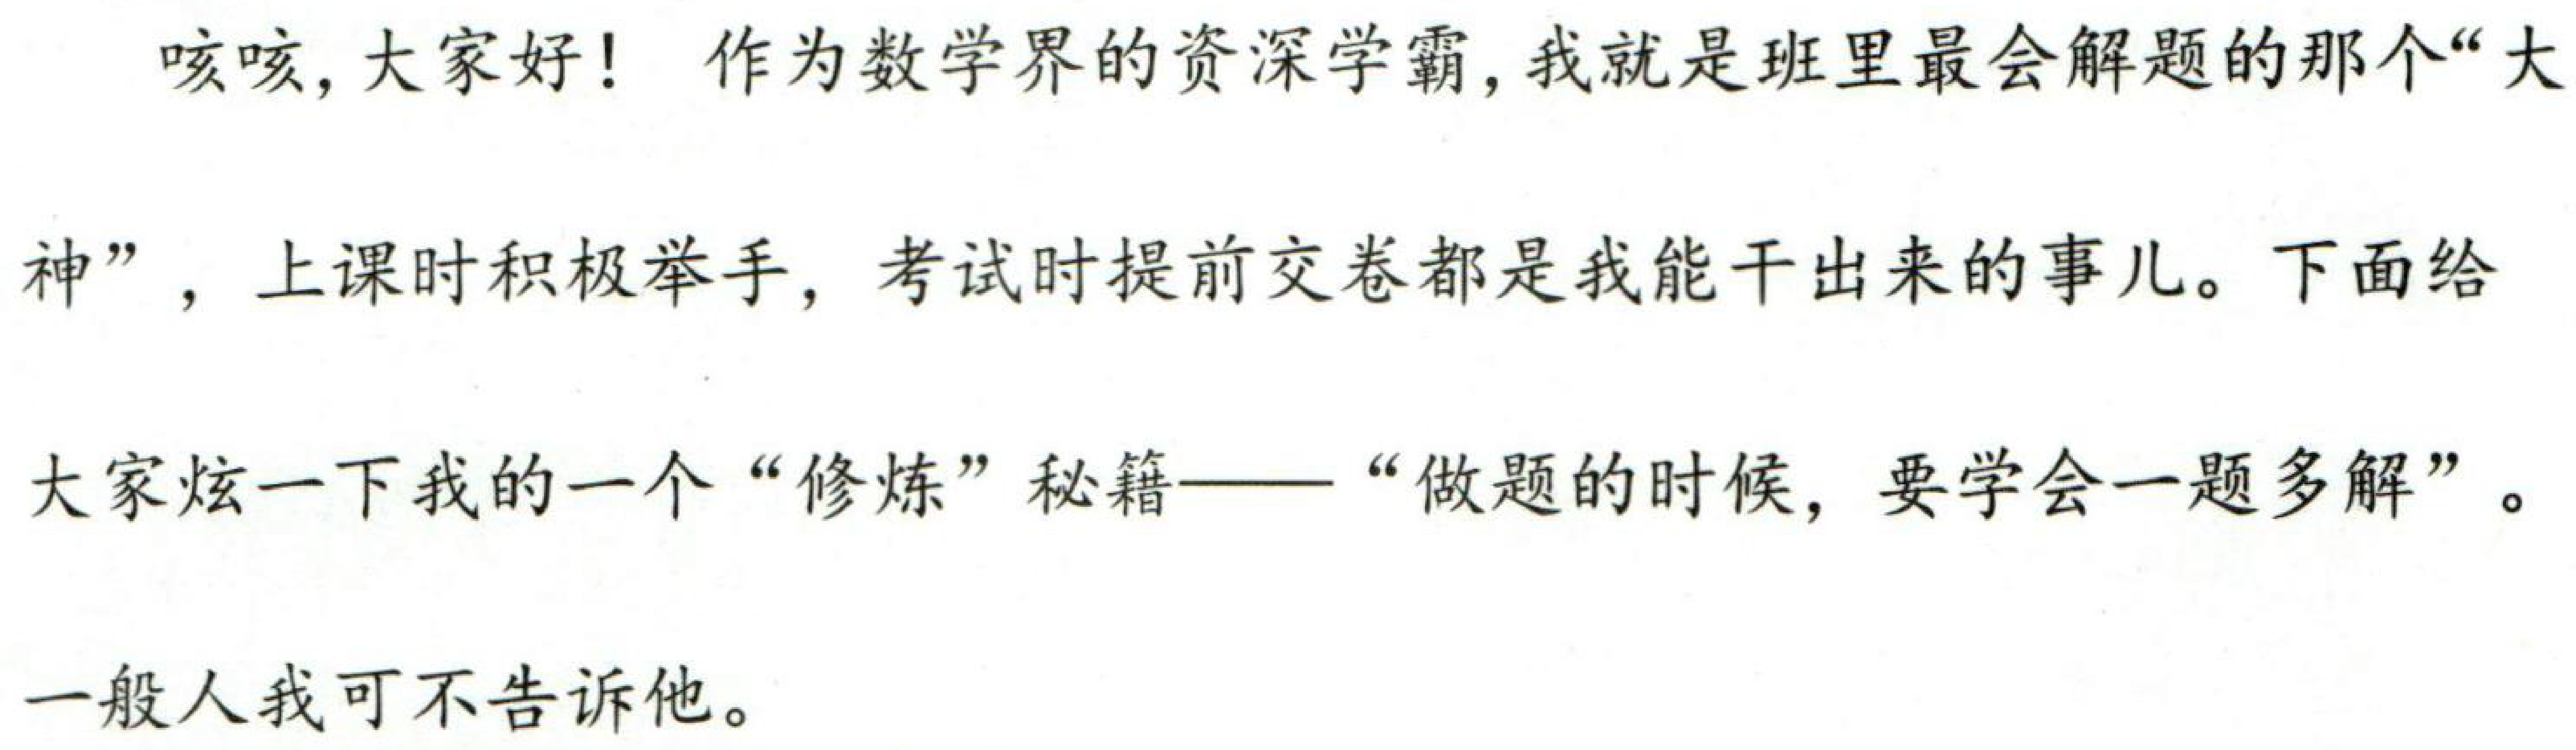
咳咳,大家好! 作为数学界的资深学霸,我就是班里最会解题的那个“大
神”, 上课时积极举手, 考试时提前交卷都是我能干出来的事儿。下面给
大家炫一下我的一个“修炼”秘籍——“做题的时候, 要学会一题多解”。
一般人我可不告诉他。